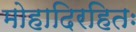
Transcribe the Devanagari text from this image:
मोहादिरहितः